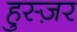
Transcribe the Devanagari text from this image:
हुस्ज़र